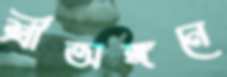
শ্রীঅঙ্গনে